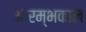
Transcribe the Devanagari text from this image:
आरम्भकाल